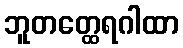
ဘူတတ္ထေရဂါထာ